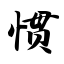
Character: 惯